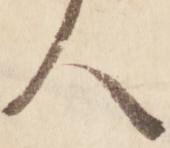
人